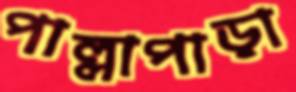
পাল্লাপাড়া